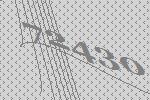
72430